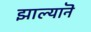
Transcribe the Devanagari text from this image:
झाल्यानॆ